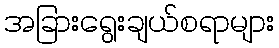
အခြားရွေးချယ်စရာများ